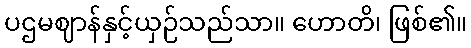
ပဌမဈာန်နှင့်ယှဉ်သည်သာ။ ဟောတိ၊ ဖြစ်၏။